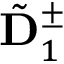
\tilde { \bf D } _ { 1 } ^ { \pm }